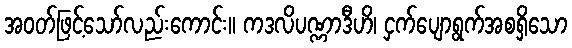
အဝတ်ဖြင့်သော်လည်းကောင်း။ ကဒလိပဏ္ဏာဒီဟိ၊ ငှက်ပျောရွက်အစရှိသော